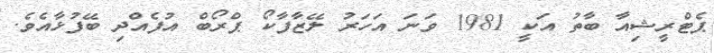
ޕެޓްރީޝިއާ ބާތު އަކީ 1981 ވަނަ އަހަރު ލޭޒާފާކޯ ޕްރޯބް އުފެއްދި ބޭފުޅާއެވެ.